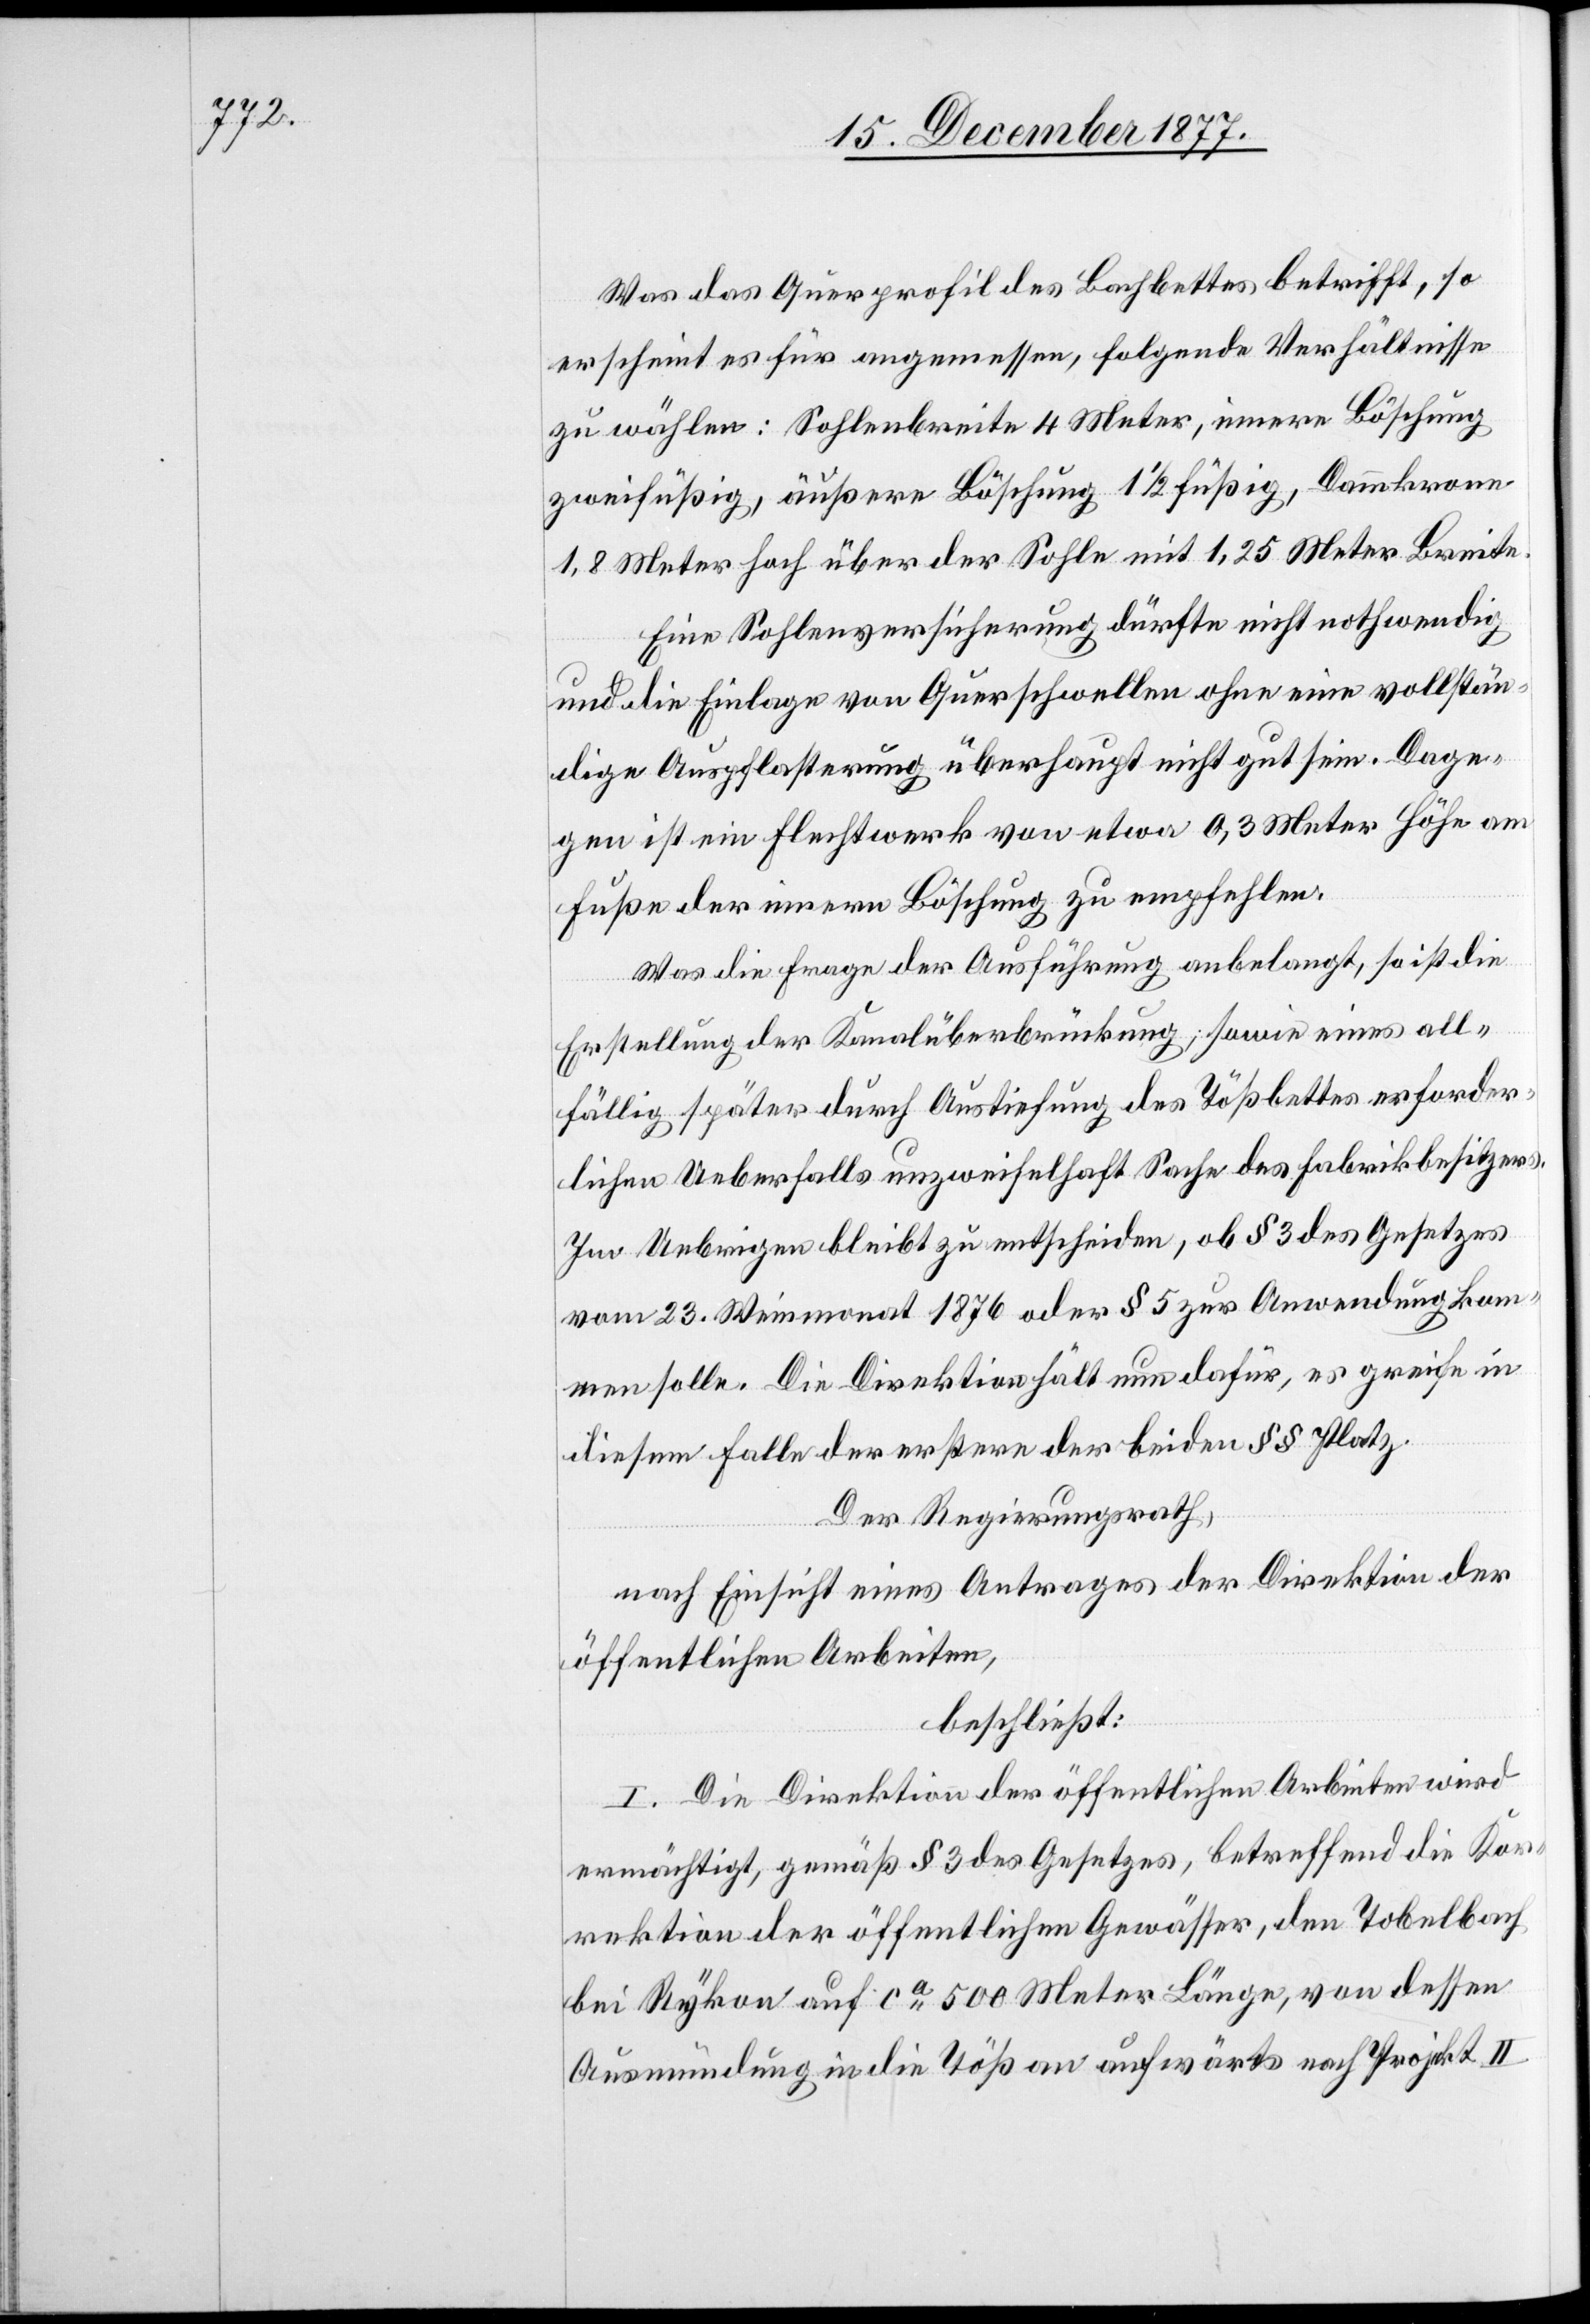
Was das Querprofil des Bachbettes betrifft, so
erscheint es für angemessen, folgende Verhältnisse
zu wählen: Sohlenbreite 4 Meter, innere Böschung
zweifüßig, äußere Böschung 1 1/2 füßig, Dammkrone
1,8 Meter hoch über der Sohle mit 1,25 Meter Breite.
Eine Sohlenversicherung dürfte nicht nothwendig
und die Einlage von Querschwellen ohne eine vollstän¬
dige Auspflasterung überhaupt nicht gut sein. Dage¬
gen ist ein Flechtwerk von etwa 0,3 Meter Höhe am
Fuße der innern Böschung zu empfehlen.
Was die Frage der Ausführung anbelangt, so ist die
Erstellung der Kanalüberbrückung; sowie eines all¬
fällig später durch Austiefung des Tößbettes erforder¬
lichen Ueberfalls unzweifelhaft Sache des Fabrikbesitzers.
Im Uebrigen bleibt zu entscheiden, ob § 3 des Gesetzes
vom 23. Weinmonat 1876 oder § 5 zur Anwendung kom¬
men solle. Die Direktion hält nun dafür, es greife in
diesem Falle der erstere der beiden §§ Platz.
Der Regierungsrath,
nach Einsicht eines Antrages der Direktion der
öffentlichen Arbeiten,
beschließt:
I. Die Direktion der öffentlichen Arbeiten wird
ermächtigt, gemäß § 3 des Gesetzes, betreffend die Kor¬
rektion der öffentlichen Gewässer, den Tobelbach
bei Rykon auf ca 500 Meter Länge, von dessen
Ausmündung in die Töß an aufwärts nach Projekt II